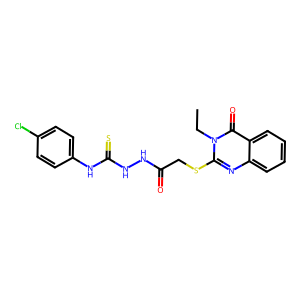
SMILES: CCn1c(SCC(=O)NNC(=S)Nc2ccc(Cl)cc2)nc2ccccc2c1=O
Inhibits HIV replication: No